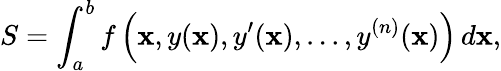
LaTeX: S=\int_{a}^{b}f\left(\mathbf{x},y(\mathbf{x}),y^{\prime}(\mathbf{x}),...,y^{(n)}(\mathbf{x})\right)\, d\mathbf{x},